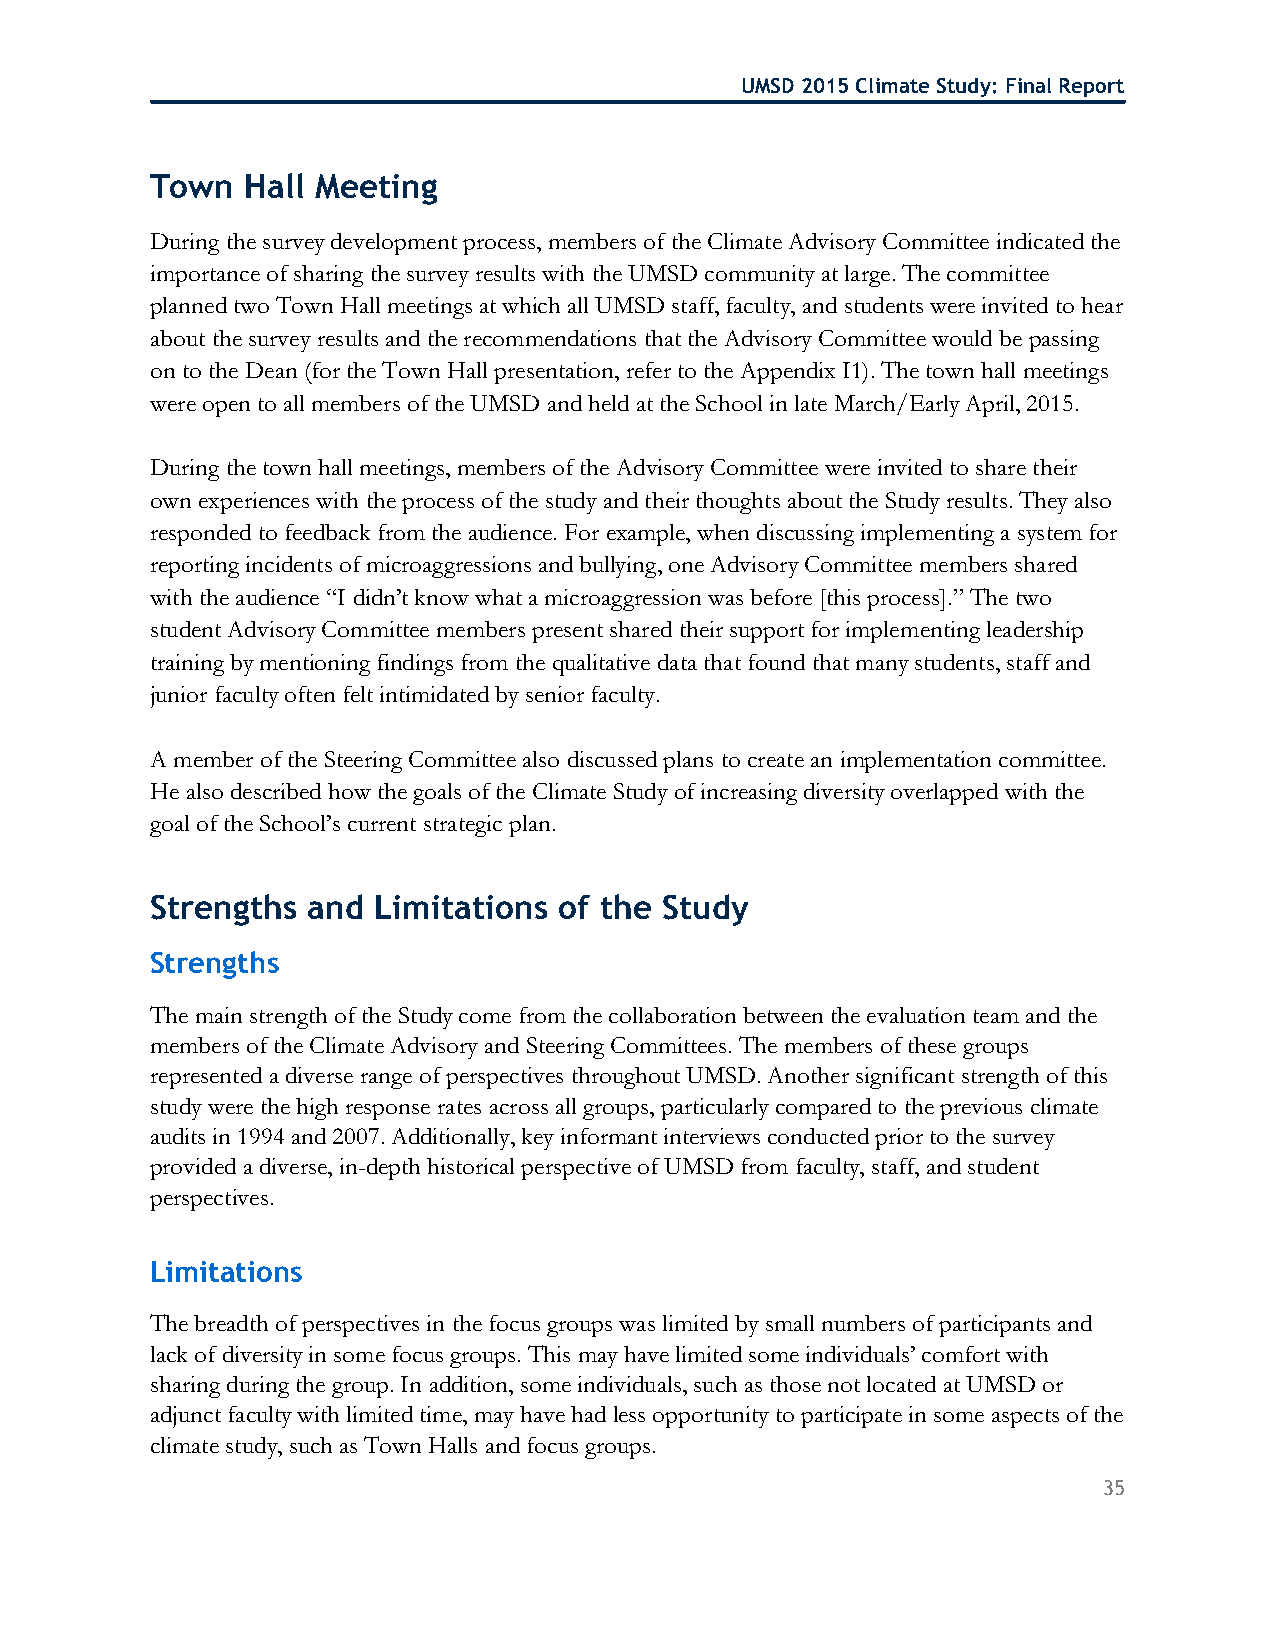
UMSD 2015 Climate Study: Final Report
 Town  Hall Meeting
 During the survey development process, members of the Climate Advisory Committee indicated the
 importance of sharing the survey results with the UMSD community at large. The committee
 planned two Town Hall meetings at which all UMSD staff, faculty, and students were invited to hear
 about the survey results and the recommendations that the Advisory Committee would be passing
 on to the Dean (for the Town Hall presentation, refer to the Appendix I1). The town hall meetings
 were open to all members of the UMSD and held at the School in late March/Early April, 2015.
 During the town hall meetings, members of the Advisory Committee were invited to share their
 own experiences with the process of the study and their thoughts about the Study results. They also
 responded to feedback from the audience. For example, when discussing implementing a system for
 reporting incidents of microaggressions and bullying, one Advisory Committee members shared
 with the audience “I didn’t know what a microaggression was before [this process].” The two
 student Advisory Committee members present shared their support for implementing leadership
 training by mentioning findings from the qualitative data that found that many students, staff and
 junior faculty often felt intimidated by senior faculty.
 A member of the Steering Committee also discussed plans to create an implementation committee.
 He also described how the goals of the Climate Study of increasing diversity overlapped with the
 goal of the School’s current strategic plan.
 Strengths and  Limitations of the Study
 Strengths
 The main strength of the Study come from the collaboration between the evaluation team and the
 members of the Climate Advisory and Steering Committees. The members of these groups
 represented a diverse range of perspectives throughout UMSD. Another significant strength of this
 study were the high response rates across all groups, particularly compared to the previous climate
 audits in 1994 and 2007. Additionally, key informant interviews conducted prior to the survey
 provided a diverse, in-depth historical perspective of UMSD from faculty, staff, and student
 perspectives.
 Limitations
 The breadth of perspectives in the focus groups was limited by small numbers of participants and
 lack of diversity in some focus groups. This may have limited some individuals’ comfort with
 sharing during the group. In addition, some individuals, such as those not located at UMSD or
 adjunct faculty with limited time, may have had less opportunity to participate in some aspects of the
 climate study, such as Town Halls and focus groups.
 35